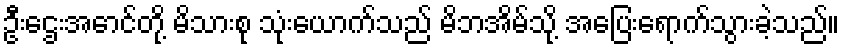
ဦးဌေးအောင်တို့ မိသားစု သုံးယောက်သည် မိဘအိမ်သို့ အပြေးရောက်သွားခဲ့သည်။